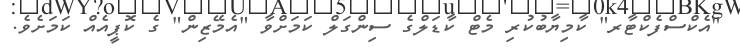
"އެކްސްފެކްޓާރ" ކާމިޔާބުކުރި މެޓް ކާޑަލްގެ ސިންގަލް ކަމަށްވާ "އެމޭޒިން" ގެ ކޮޕީއެއް ކަމަށެވެ.